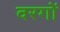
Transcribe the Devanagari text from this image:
वरगों